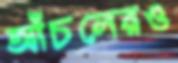
আঁচলেরও